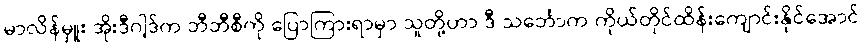
မာလိန်မှူး အိုးဒီဂါ့ဒ်က ဘီဘီစီကို ပြောကြားရာမှာ သူတို့ဟာ ဒီ သင်္ဘောက ကိုယ်တိုင်ထိန်းကျောင်းနိုင်အောင်